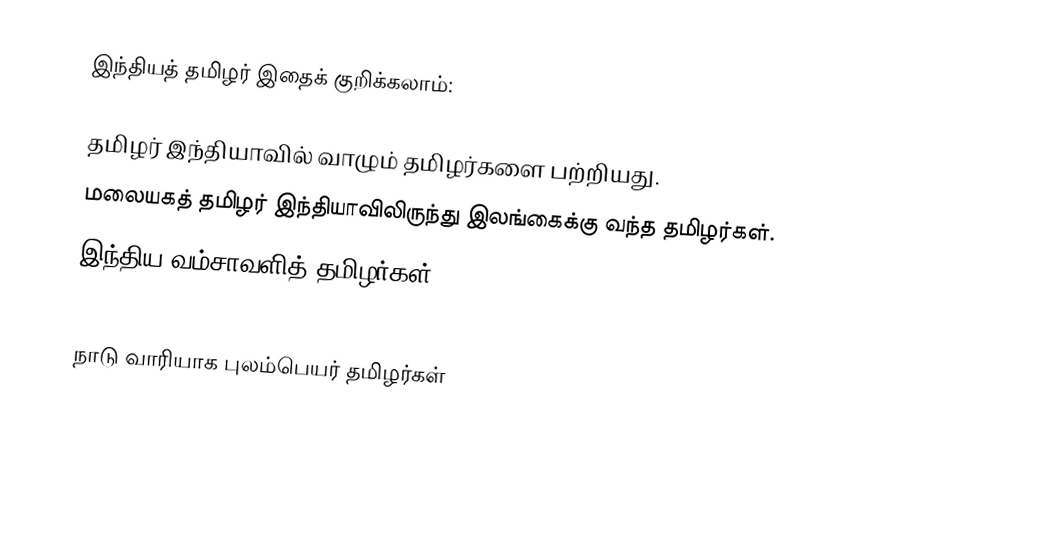
இந்தியத் தமிழர் இதைக் குறிக்கலாம்:

 தமிழர் இந்தியாவில் வாழும் தமிழர்களை பற்றியது.
 மலையகத் தமிழர் இந்தியாவிலிருந்து இலங்கைக்கு வந்த தமிழர்கள்.
 இந்திய வம்சாவளித் தமிழர்கள்

நாடு வாரியாக புலம்பெயர் தமிழர்கள்